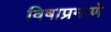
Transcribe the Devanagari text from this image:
विषाप्रमाणे